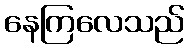
နေကြလေသည်